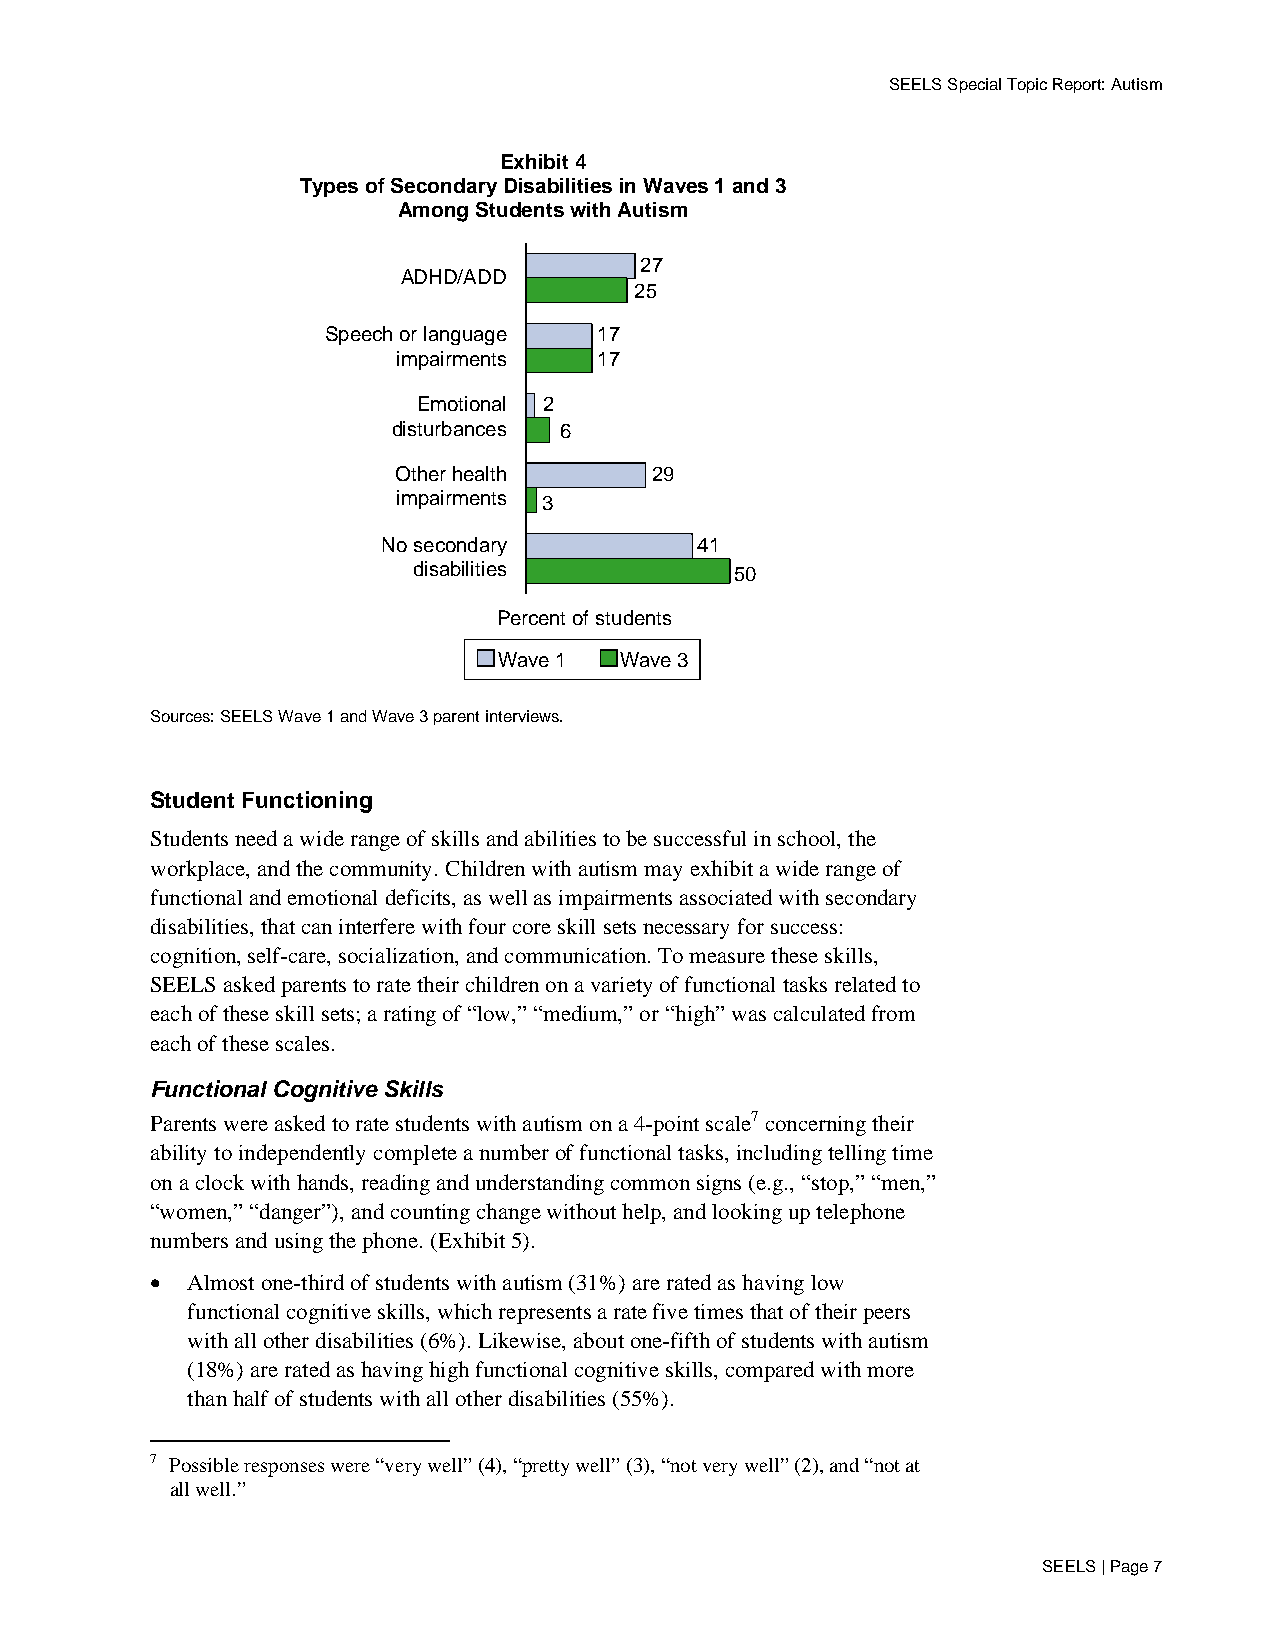
SEELS Special Topic Report: Autism
 Exhibit 4
 Types of Secondary Disabilities in Waves 1 and 3
 Among Students with Autism
 27
 ADHD/ADD
 25
 Speech or language 17
 impairments   17
 Emotional 2
 disturbances 6
 Other health     29
 impairments 3
 No secondary         41
 disabilities          50
 Percent of students
 Wave 1  Wave 3
 Sources: SEELS Wave 1 and Wave 3 parent interviews.
 Student Functioning
 Students need a wide range of skills and abilities to be successful in school, the
 workplace, and the community. Children with autism may exhibit a wide range of
 functional and emotional deficits, as well as impairments associated with secondary
 disabilities, that can interfere with four core skill sets necessary for success:
 cognition, self-care, socialization, and communication. To measure these skills,
 SEELS asked parents to rate their children on a variety of functional tasks related to
 each of these skill sets; a rating of “low,” “medium,” or “high” was calculated from
 each of these scales.
 Functional Cognitive Skills
 Parents were asked to rate students with autism on a 4-point scale7 concerning their
 ability to independently complete a number of functional tasks, including telling time
 on a clock with hands, reading and understanding common signs (e.g., “stop,” “men,”
 “women,” “danger”), and counting change without help, and looking up telephone
 numbers and using the phone. (Exhibit 5).
 • Almost one-third of students with autism (31%) are rated as having low
 functional cognitive skills, which represents a rate five times that of their peers
 with all other disabilities (6%). Likewise, about one-fifth of students with autism
 (18%) are rated as having high functional cognitive skills, compared with more
 than half of students with all other disabilities (55%).
 7 Possible responses were “very well” (4), “pretty well” (3), “not very well” (2), and “not at
 all well.”
 SEELS | Page 7